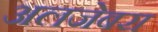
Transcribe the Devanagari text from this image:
अलजेबरा